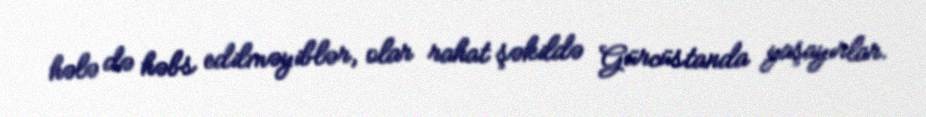
hələ də həbs edilməyiblər, olar rahat şəkildə Gürcüstanda yaşayırlar.